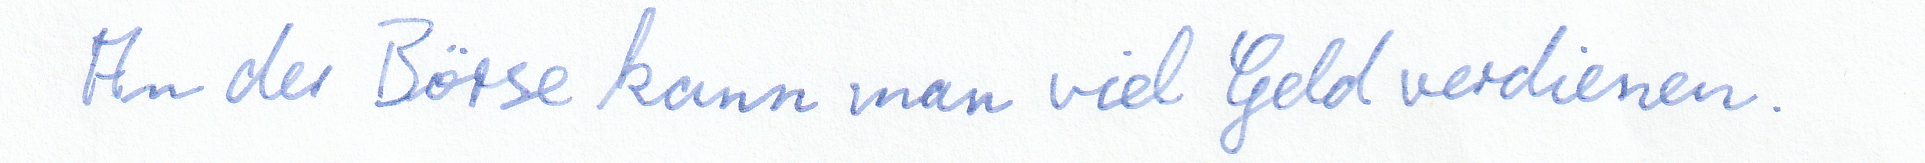
An der Börse kann man viel Geld verdienen.